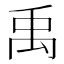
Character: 禹